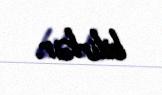
bilirlər.